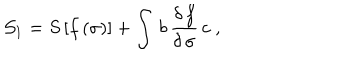
{ \cal S } _ { 1 } = S \, [ f \, ( \sigma ) ] + \int \, b \, \frac { \delta \, f } { \delta \, \sigma } \, c \; ,